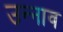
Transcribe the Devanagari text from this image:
उन्‍नाव